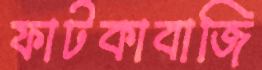
ফাটকাবাজি